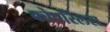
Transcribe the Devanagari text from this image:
कोएरिलस